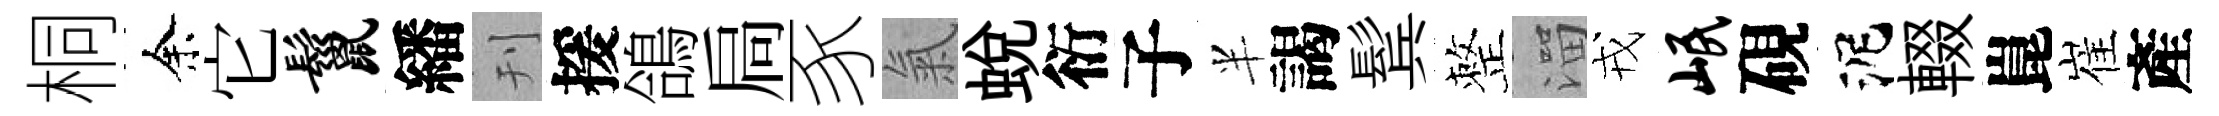
桐余它鬣繙刊援鴿扃豕氣蛻衍子半謁鬂整溜戎岷硯泥輟崑崔產